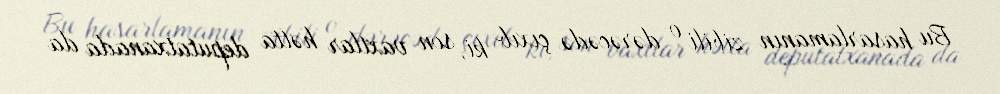
Bu hasarlamanın zibili o dərəcədə çıxıb ki, son vaxtlar hətta deputatxanada da